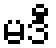
မဒီ